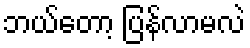
ဘယ်တော့ ပြန်လာမလဲ